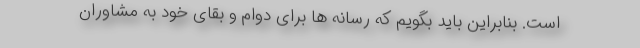
است. بنابراین باید بگویم که رسانه ها برای دوام و بقای خود به مشاوران